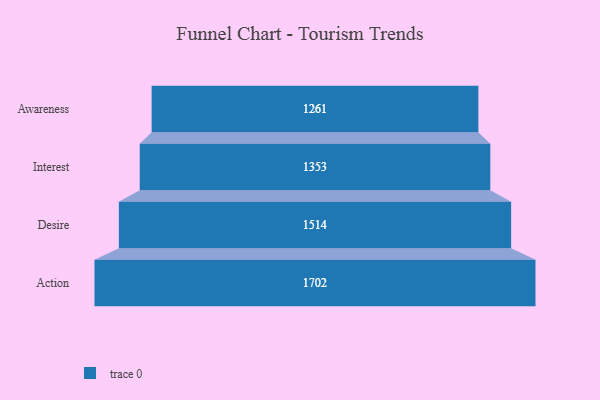
{"axis": {"x": "Stage", "y": "Value"}, "legend": [""], "data": [{"x": "Awareness", "y": 1261.0, "type": ""}, {"x": "Interest", "y": 1353.0, "type": ""}, {"x": "Desire", "y": 1514.0, "type": ""}, {"x": "Action", "y": 1702.0, "type": ""}]}